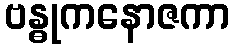
ဗန္ဓုကနောဇကာ